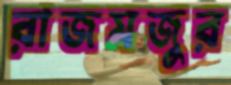
রাজমজুর